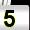
Digit: 5